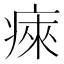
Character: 㾢